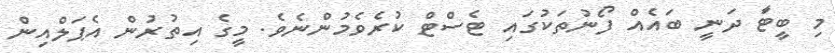
މި ބީޓާަ ދަނީ ބައެއް ފޯނުތަކުގައި ޓެސްޓް ކުރެވެމުންނެވެ. މީގެ އިތުރުން އެޕަލްއިން